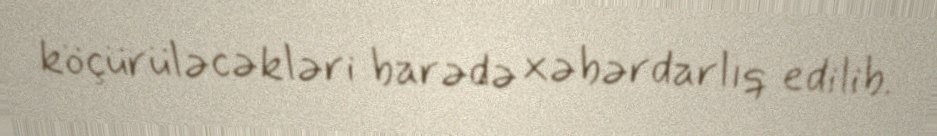
köçürüləcəkləri barədə xəbərdarlıq edilib.